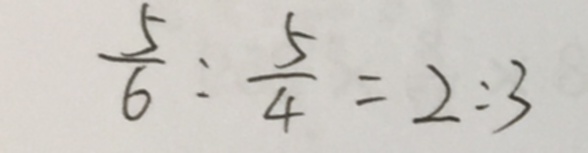
\frac { 5 } { 6 } : \frac { 5 } { 4 } = 2 : 3